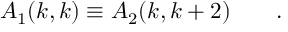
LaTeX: A _ { 1 } ( k , k ) \equiv A _ { 2 } ( k , k + 2 ) \qquad .